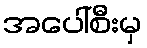
အပေါ်စီးမှ